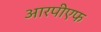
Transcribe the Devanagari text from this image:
आरपीएफ